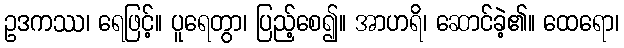
ဥဒကဿ၊ ရေဖြင့်။ ပူရေတွာ၊ ပြည့်စေ၍။ အာဟရိ၊ ဆောင်ခဲ့၏။ ထေရော၊